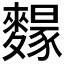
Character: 𪍭